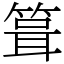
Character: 箿